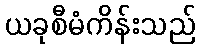
ယခုစီမံကိန်းသည်